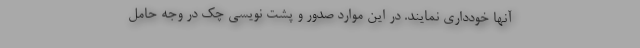
آنها خودداری نمایند. در این موارد صدور و پشت نویسی چک در وجه حامل